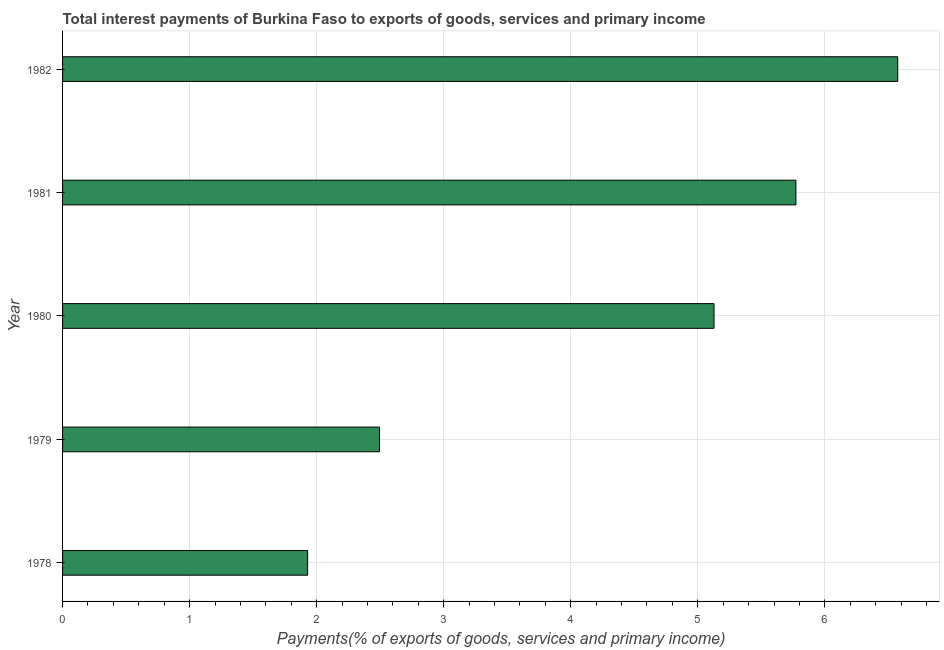
| Year | Interest payments on external debt |
 | --- | --- |
 | 1978 | 1.93 |
 | 1979 | 2.49 |
 | 1980 | 5.13 |
 | 1981 | 5.77 |
 | 1982 | 6.57 |